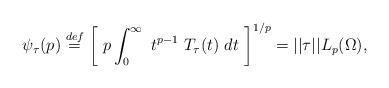
LaTeX: \begin{align*} \psi_{\tau}(p) \stackrel{def}{=} \left[ \ p \int_0^{\infty} \ t^{p-1} \ T_{\tau}(t) \ dt \ \right]^{1/p} = ||\tau||L_p(\Omega),\end{align*}